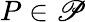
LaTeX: P\in\mathscr{P}